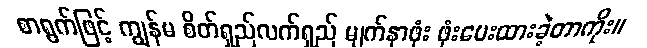
စာရွက်ဖြင့် ကျွန်မ စိတ်ရှည်လက်ရှည် မျက်နှာဖုံး ဖုံးပေးထားခဲ့တာကိုး။